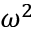
\omega ^ { 2 }